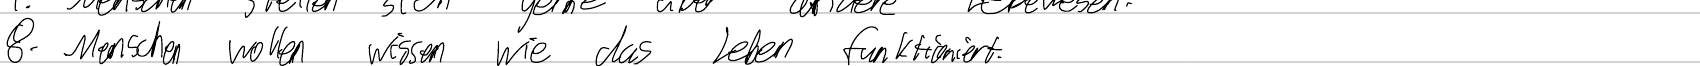
8. Menschen wollen wissen wie das Leben funktioniert.